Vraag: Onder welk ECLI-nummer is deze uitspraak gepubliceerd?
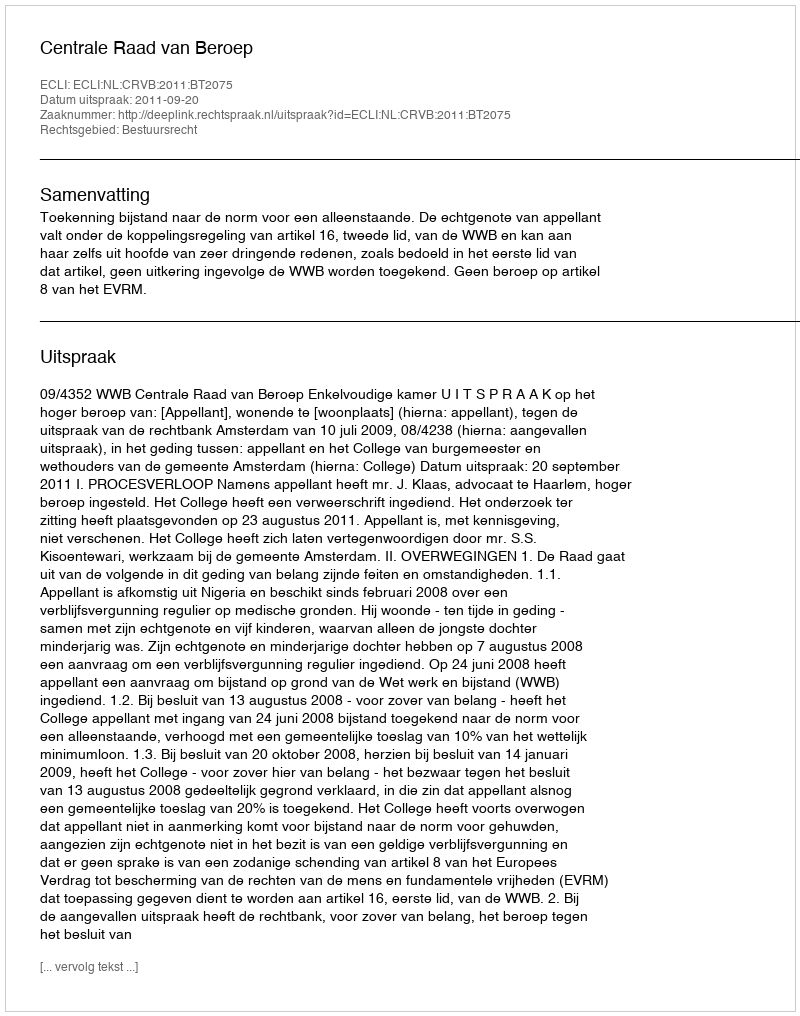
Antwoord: ECLI:NL:CRVB:2011:BT2075